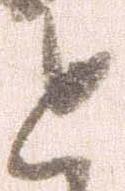
と